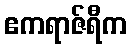
ဧကရာဇ်ရီက